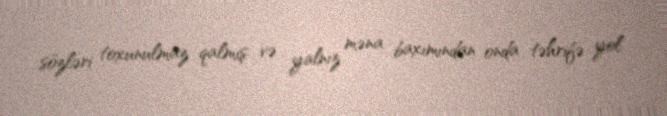
sözləri toxunulmaz qalmış və yalnız məna baxımından onda təhrifə yol